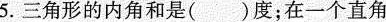
5.三角形的内角和是()度；在一个直角